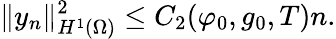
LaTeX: \lVert y_{n}\rVert_{H^{1}(\Omega)}^{2}\leq C_{2}(\varphi_{0},g_{0},T)n.